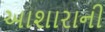
આશારાની